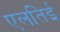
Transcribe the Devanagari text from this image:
एलतिई